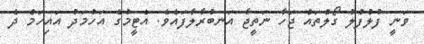
ވަނީ ފުލުފުލު ގޯލްތައް ޖަހާ ނަތީޖާ އަނބުރާލާފައެވެ. އެޓީމުގެ އަހުމަދު އައިހަމް ދެ